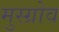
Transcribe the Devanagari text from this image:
मुस्ग्रोव